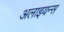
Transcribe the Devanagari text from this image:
अलाइयन्स